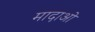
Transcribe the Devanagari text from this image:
मादाओ